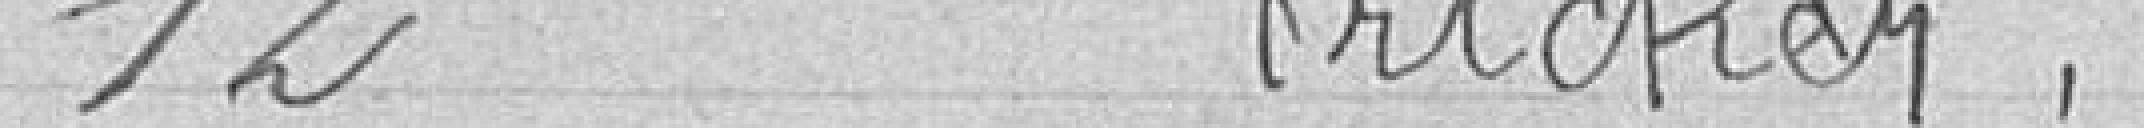
12 Fricker